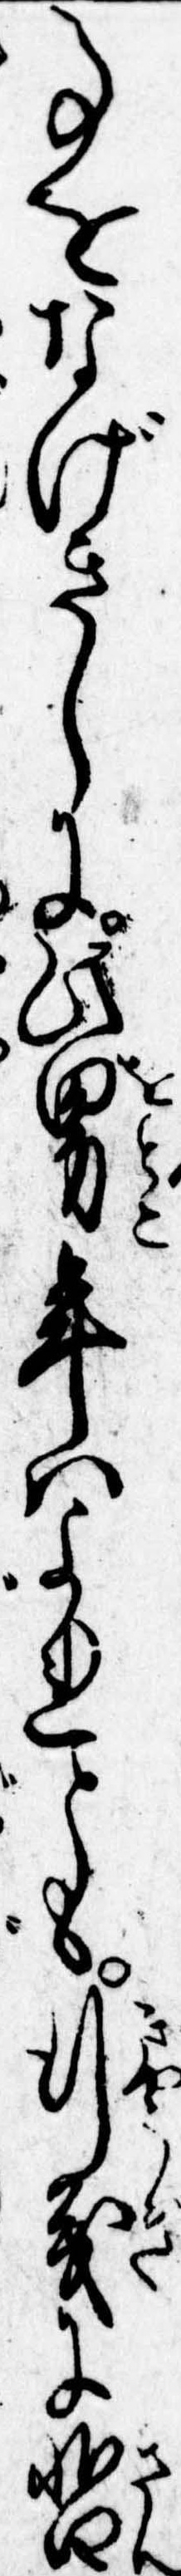
事をなげきしに此男年はよれとも行義に暫